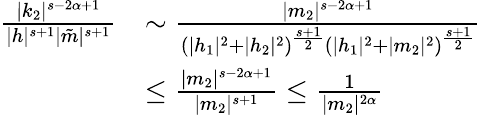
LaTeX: \begin{array}{rl}{\frac{|k_{2}|^{s-2\alpha+1}}{|h|^{s+1}|\tilde{m}|^{s+1}}}&{\sim\frac{|m_{2}|^{s-2\alpha+1}}{(|h_{1}|^{2}+|h_{2}|^{2})^{\frac{s+1}{2}}(|h_{1}|^{2}+|m_{2}|^{2})^{\frac{s+1}{2}}}}\\ &{\leq\frac{|m_{2}|^{s-2\alpha+1}}{|m_{2}|^{s+1}}\leq\frac{1}{|m_{2}|^{2\alpha}}}\end{array}